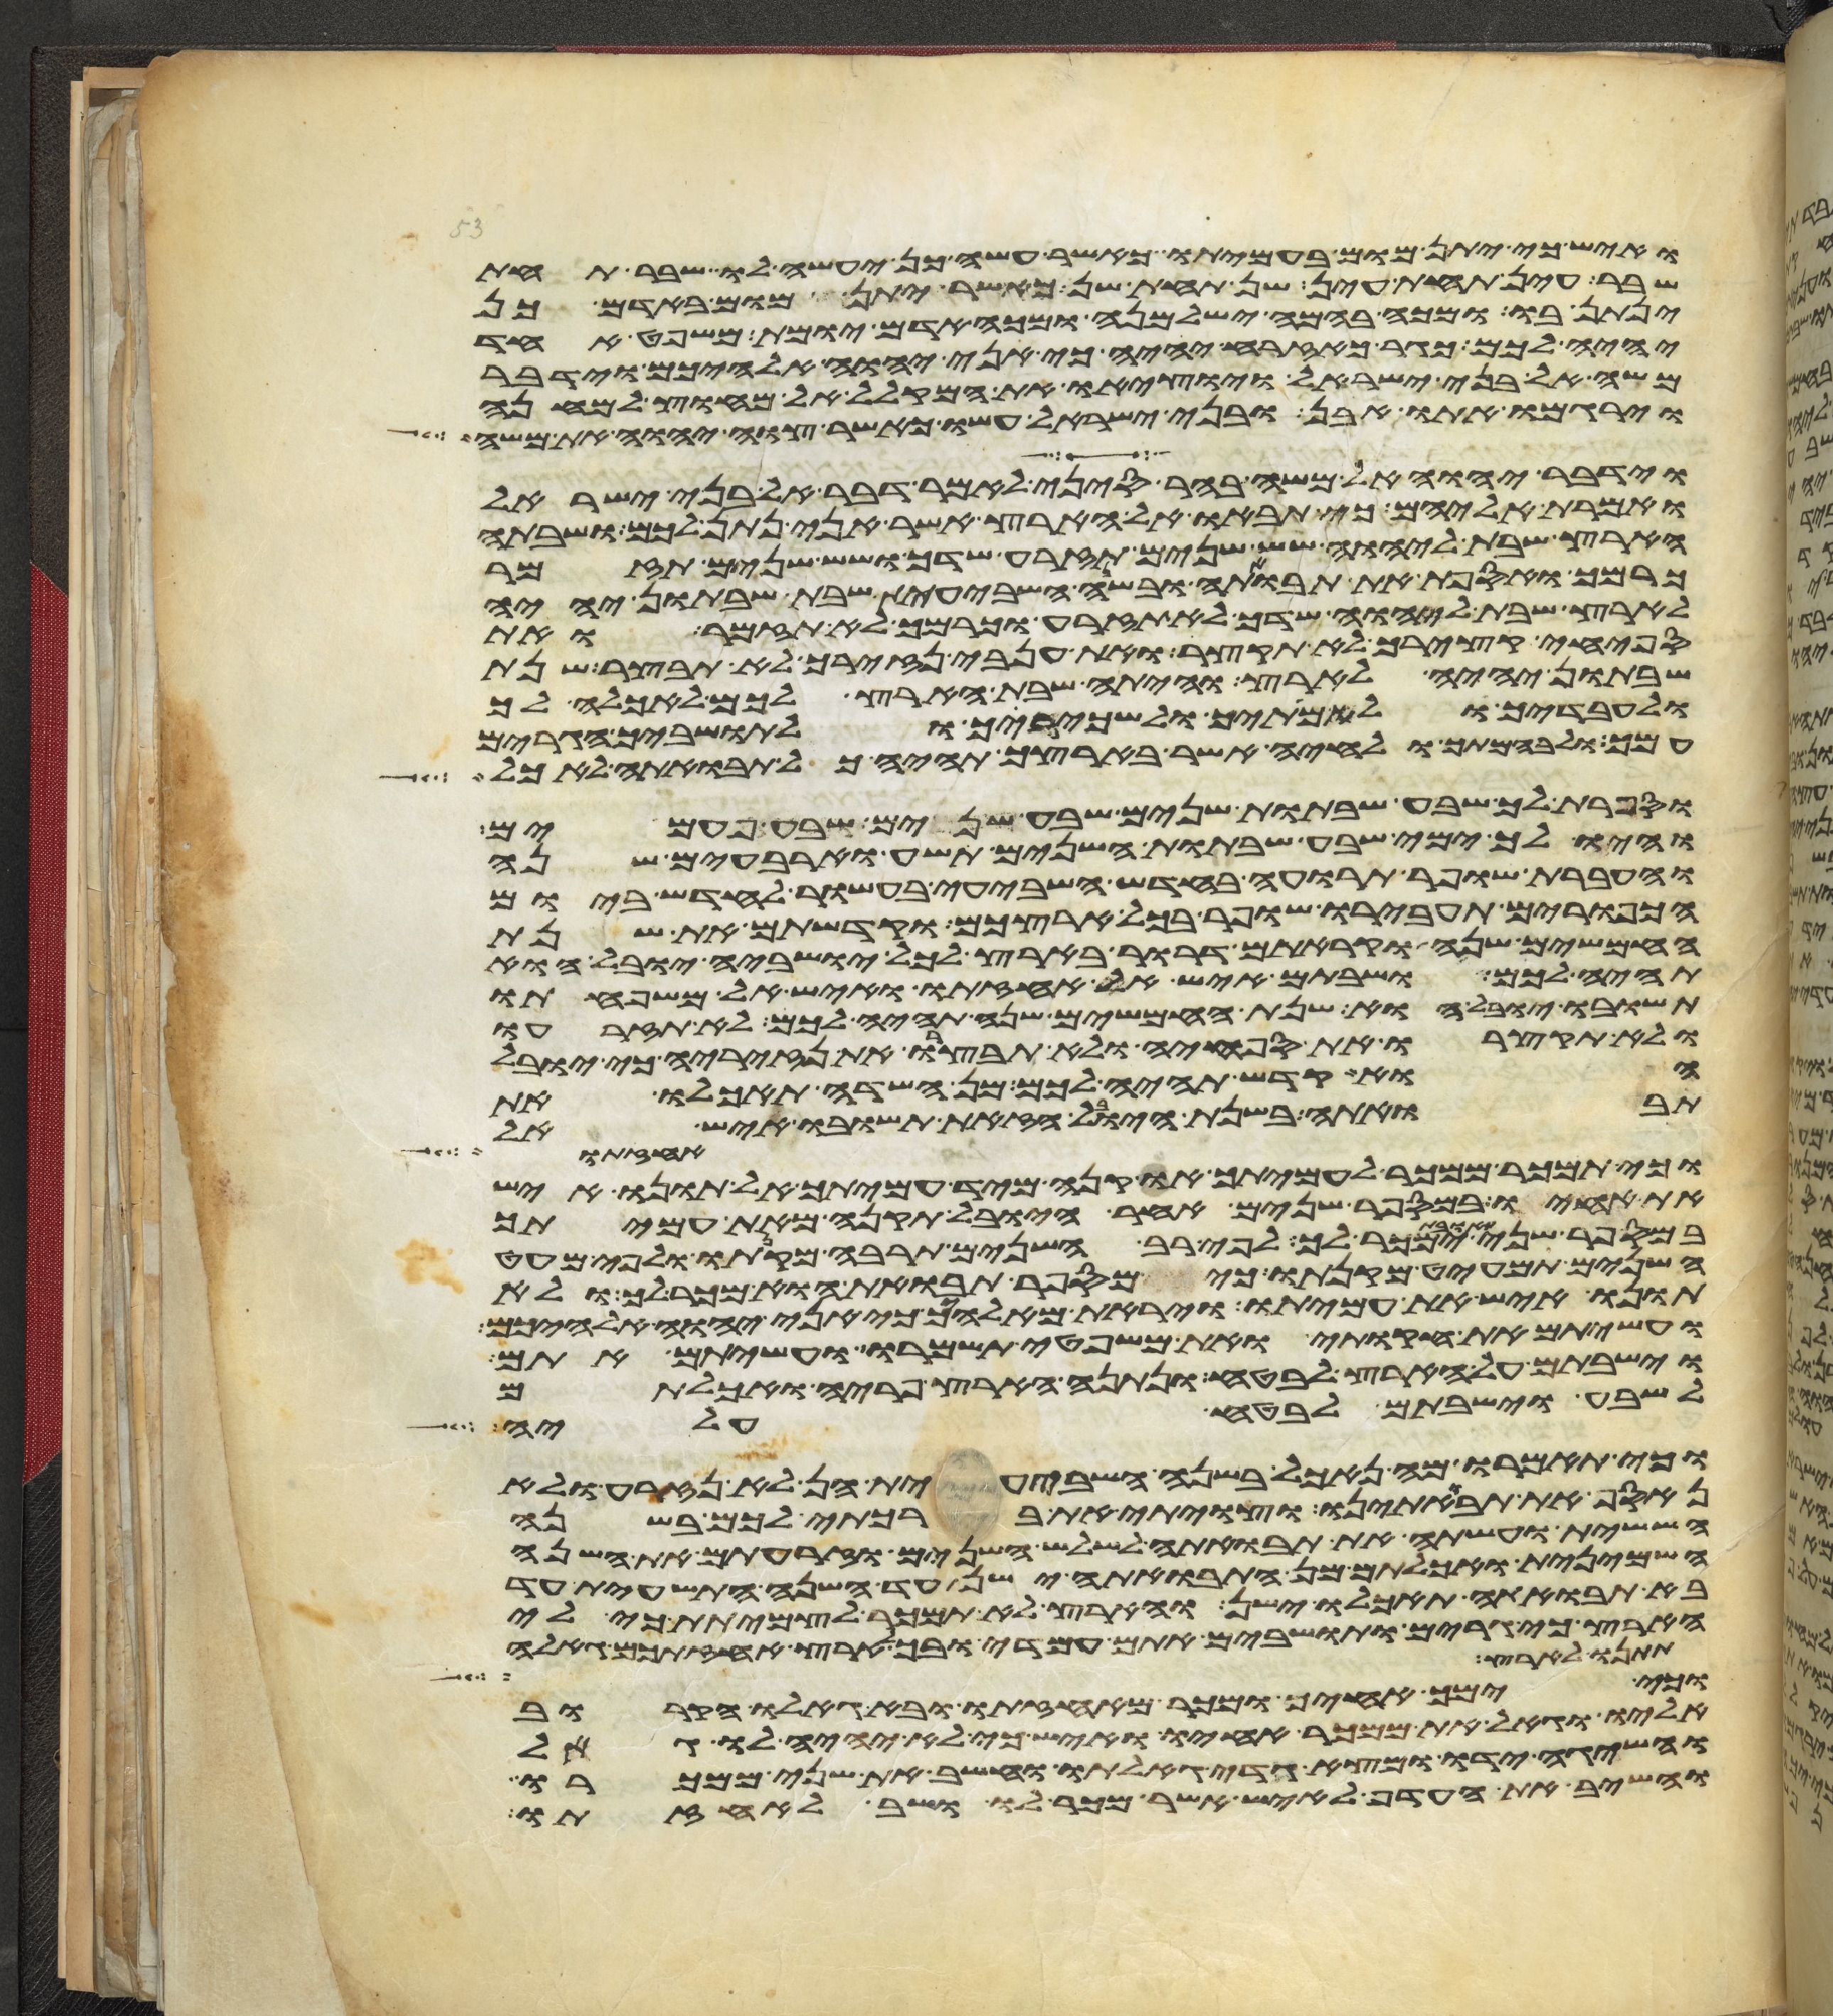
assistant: ואיש כי יתן מום בעמיתו כאשר עשה כן יעשה לו שבר תחת
שבר עין תחת עין שן תחת שן כאשר יתן מום באדם כן
ינתן בו ומכה בהמה ישלמנה ומכה אדם יומת משפט אחד
יהיה לכם כגר כאזרח יהיה כי אני יהוה אלהיכם וידבר
משה אל בני ישראל ויוציאו את המקלל אל מחוץ למחנה
וירגמו אתו אבן ובני ישראל עשו כאשר צוה יהוה את משה
וידבר יהוה אל משה בהר סיני לאמר דבר אל בני ישראל
ואמרת אליהם כי תבאו אל הארץ אשר אני נתן לכם ושבתה
הארץ שבת ליהוה שש שנים תזרע שדך ושש שנים תזמר
כרמך ואספת את תבואתה ובשנה השביעית שבת שבתון יהיה
לארץ שבת ליהוה שדך לא תזרע וכרמך לא תזמר ואת
ספחי קציריך לא תקצר ואת ענבי נזיריך לא תבצר שנת
שבתון יהיה לארץ והיתה שבת הארץ לכם לאכלה לך
ולעבדיך ולאמתיך ולשכיריך ולתושביך הגרים
עמך ולבהמתך ולחיה אשר בארצך תהיה כל תבואתה לאכל
וספרת לך שבע שבתות שנים שבע שנים שבע פעמים
והיו לך ימי שבע שבתות השנים תשע וארבעים שנה
והעברת שופר תרועה בחדש השביעי בעשור לחדש ביום
הכפורים תעבירו שופר בכל ארצכם וקדשתם את שנת
החמשים שנה וקראתם דרור בארץ לכל ישביה יובל הוא
תהיה לכם ושבתם איש אל אחזתו ואיש אל משפחתו
תשובו יובל הוא שנת החמשים שנה תהיה לכם לא תזרעו
ולא תקצרו את ספחיה ולא תבצרו את נזיריה כי יובל
הוא קדש תהיה לכם מן השדה תאכלו את
תבואתה בשנת היובל הזאת תשובו איש אל
אחזתו
וכי תמכר ממכר לעמיתך או קנה מיד עמיתך אל תונו איש
את אחיו במספר שנים אחר היובל תקנה מאת עמיתך
במספר שני תבואת ימכר לך לפי רב השנים תרבה מקנתו ולפי מעט
השנים תמעיט מקנתו כי מספר תבואת הוא מכר לך ולא
תונו איש את עמיתו ויראת מאלהיך כי אני יהוה אלהיכם
ועשיתם את חקותי ואת משפטי תשמרו ועשיתם אתם
וישבתם על הארץ לבטח ונתנה הארץ פריה ואכלתם
לשבע וישבתם לבטח עליה
וכי תאמרו מה נאכל בשנה השביעית הן לא נזרע ולא
נאסף את תבואתינו וצויתי את ברכתי לכם בשנה
הששית ועשתה את תבואתה לשלש השנים וזרעתם את השנה
השמינית ואכלתם מן התבואתה ישן עד השנה התשעית עד
בא תבואתה תאכלו ישן והארץ לא תמכר לצמיתת כי לי
הארץ כי גרים ותושבים אתם עמדי ובכל ארץ אחזתכם גאלה
תתנו לארץ
וכי ימך אחיך ומכר מאחזתו ובא גאלו הקרוב
אליו וגאל את ממכר אחיו ואיש כי לא יהיה לו גאל
והשיגה ידו ומצא כדי גאלתו וחשב את שני ממכרו
והשיב את העדף לאיש אשר מכר לו ושב לאחזתו